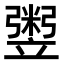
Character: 𥪷